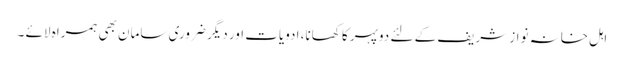
اہل خانہ نواز شریف کے لئے دوپہر کا کھانا، ادویات اور دیگر ضروری سامان بھی ہمراہ لائے ۔